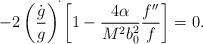
\begin{align*}-2\left(\frac{\dot g}{g}\right)^{\dot{\vphantom{g}}}\left[1-\frac{4\alpha}{M^2b_{0}^2}\frac{f''}{f}\right]=0.\end{align*}